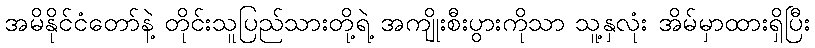
အမိနိုင်ငံတော်နဲ့ တိုင်းသူပြည်သားတို့ရဲ့ အကျိုးစီးပွားကိုသာ သူ့နှလုံး အိမ်မှာထားရှိပြီး